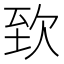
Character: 𣢶